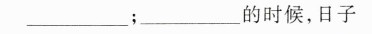
_______;_____的时候，日子